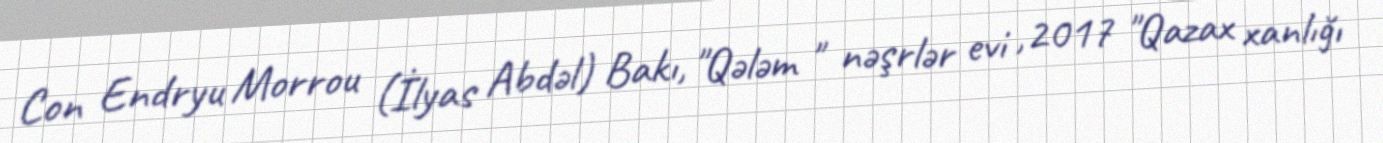
Con Endryu Morrou (İlyas Abdəl) Bakı, "Qələm " nəşrlər evi ,2017 "Qazax xanlığı